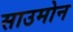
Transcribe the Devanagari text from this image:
साउमोन